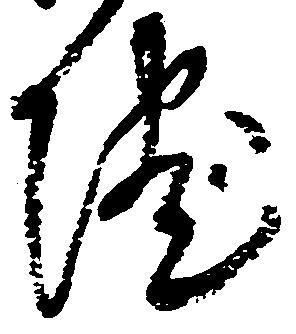
院